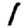
Digit: 1